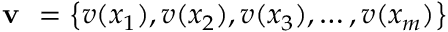
\textbf { v } = \left\{ v ( x _ { 1 } ) , v ( x _ { 2 } ) , v ( x _ { 3 } ) , \dots , v ( x _ { m } ) \right\}